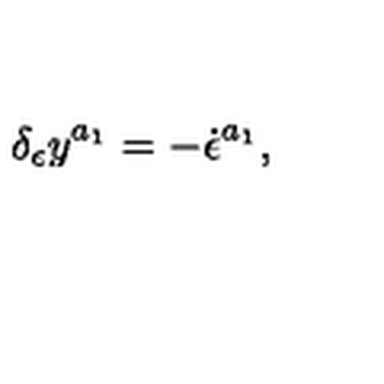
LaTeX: \delta _ { \epsilon } y ^ { a _ { 1 } } = - \dot { \epsilon } ^ { a _ { 1 } } ,